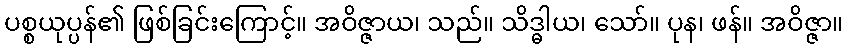
ပစ္စယုပ္ပန်၏ ဖြစ်ခြင်းကြောင့်။ အဝိဇ္ဇာယ၊ သည်။ သိဒ္ဓါယ၊ သော်။ ပုန၊ ဖန်။ အဝိဇ္ဇာ။